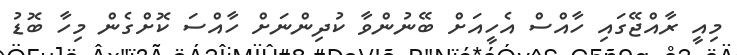
މިއީ ރާއްޖޭގައި ހާއްސް އެހީއަށް ބޭނުންވާ ކުދިންނަށް ހާއްސަ ކޮށްގެން މިހާ ބޮޑު